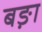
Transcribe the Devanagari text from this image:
बङ़ा